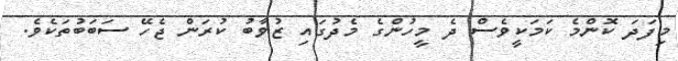
މިފަދަ ކޮންމެ ކަމަކީވެސް ދެ މީހުންގެ މެދުގައި ޒުވާބު ކުރަން ޖެހޭ ސަބަބުތަކެވެ.